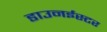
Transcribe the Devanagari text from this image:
डाउनईस्टर